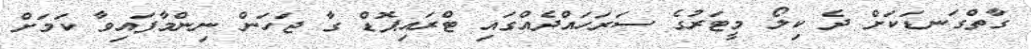
ގާތްގަނޑަކަށް ދެ ކިލޯ މީޓަރުގެ ސަރަހައްދެއްގައި ޓްރައިޕޮޑް ގާ ޖަހަން ނިންމާފައިވާ ކަމަށް